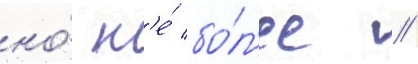
но́ н'е́ бо́л'ее //